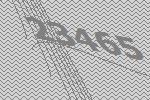
23465